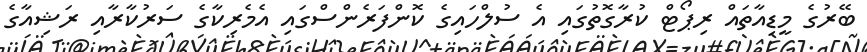
ބޭރުގެ މީޑިއާތައް ރިޕޯޓް ކުރާގޮތުގައި އެ ސުލްހައިގެ ކޮންފަރެންސްގައި އެމެރިކާގެ ސަރުކާރާއި ރަޝިއާގެ